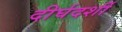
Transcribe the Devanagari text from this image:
दीर्घदर्शी